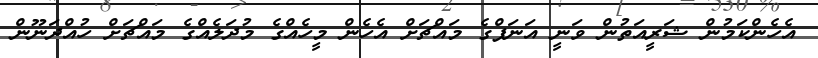
އެހެންކަމުން ޝަރީއަތުން ވަނީ އަނަފްގެ މައްޗަށް އެހެން މީހެއްގެ މުދަލެއްގެ މައްޗަށް ހުއްދަނޫން